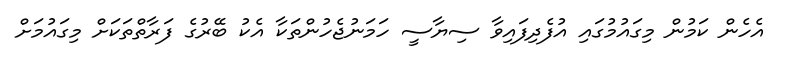
އެހެން ކަމުން މިގައުމުގައި އުފެދިފައިވާ ސިޔާސީ ހަމަނުޖެހުންތަކާ އެކު ބޭރުގެ ފަރާތްތަކަށް މިގައުމަށް